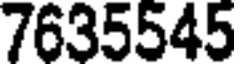
7635545